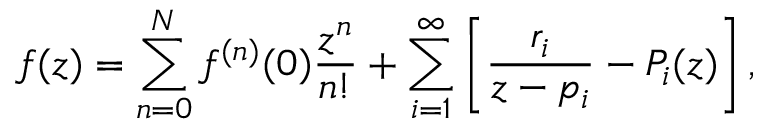
f ( z ) = \sum _ { n = 0 } ^ { N } f ^ { ( n ) } ( 0 ) \frac { z ^ { n } } { n ! } + \sum _ { i = 1 } ^ { \infty } \left[ \frac { r _ { i } } { z - p _ { i } } - P _ { i } ( z ) \right] ,